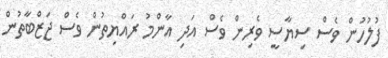
ފުލުހުން ވެސް ސިޔާސީ ވެރިން ވެސް އަދި އާންމު ރައްޔިތުން ވެސް ޖަޒްބާތުން